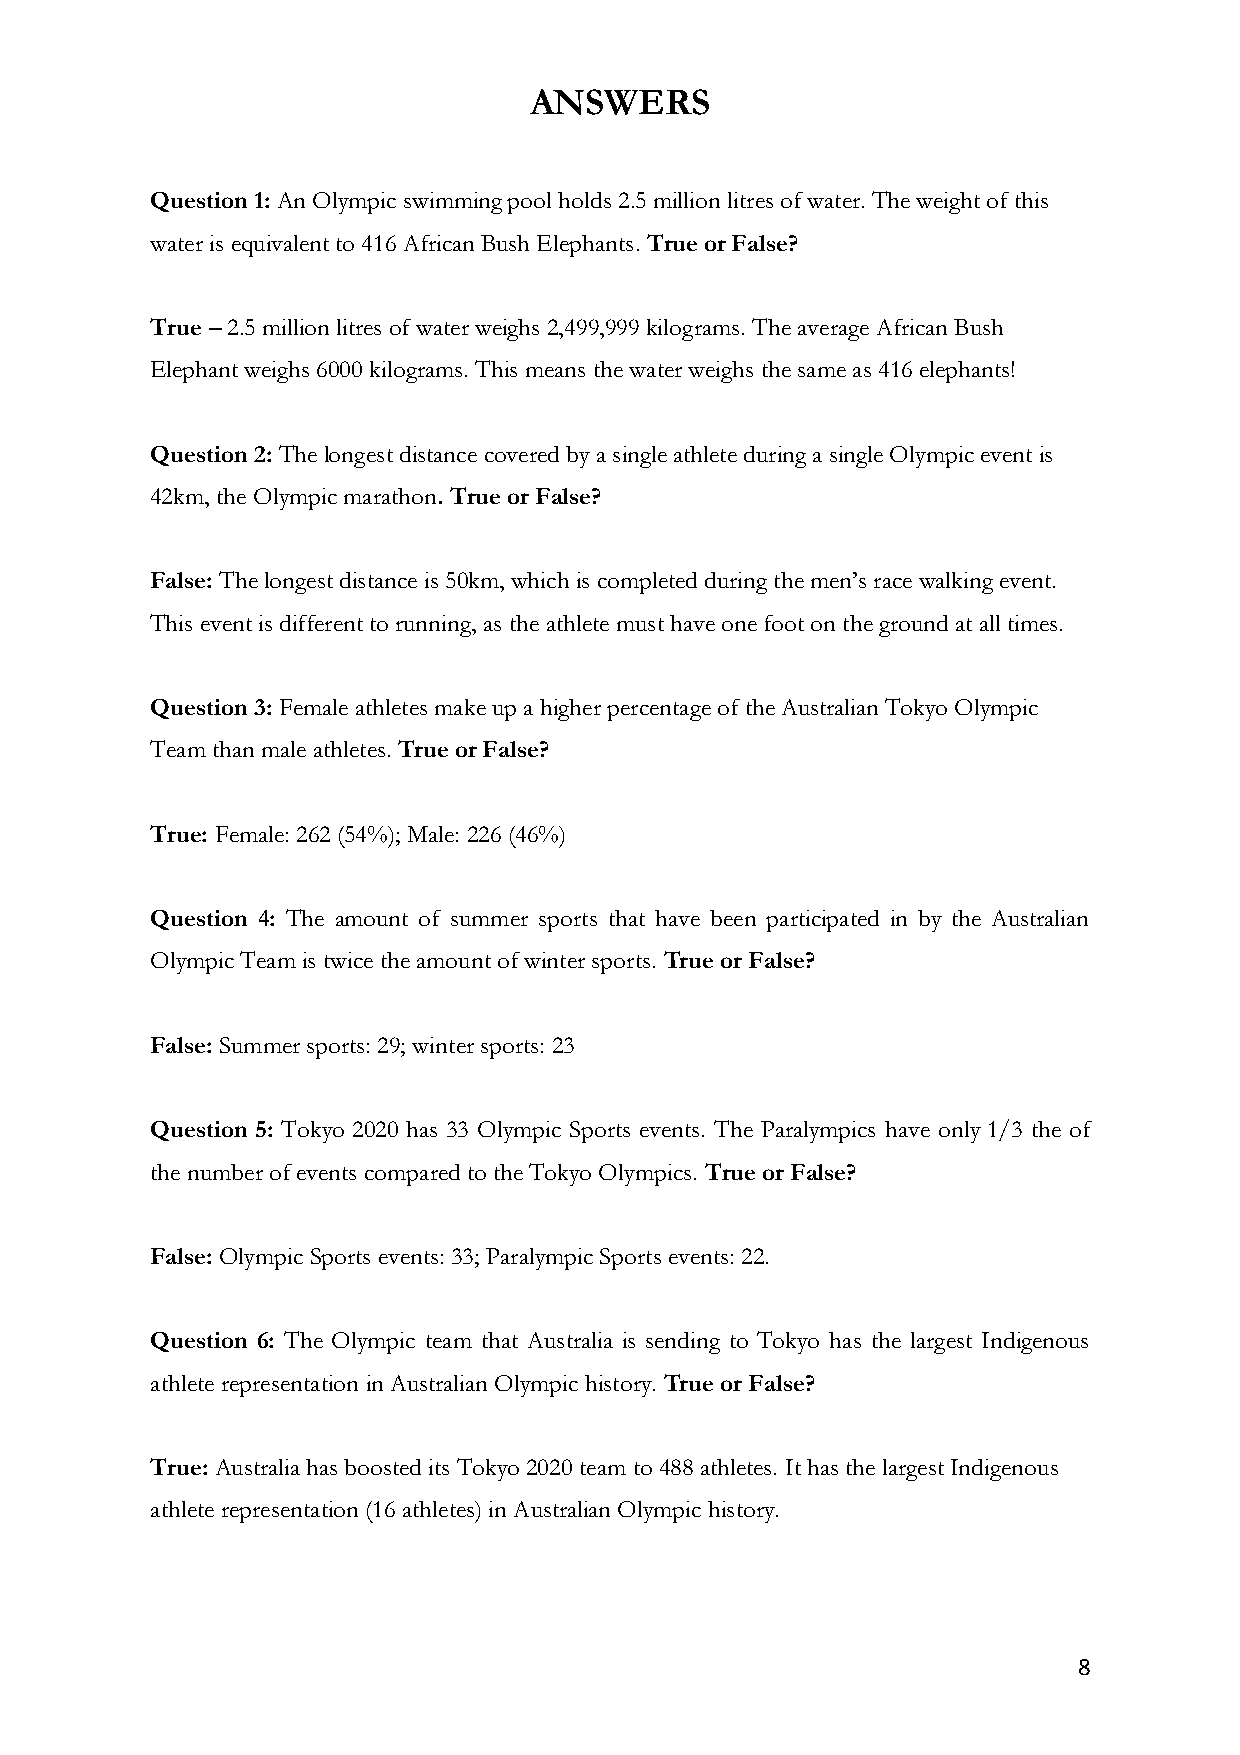
ANSWERS
 Question 1: An Olympic swimming pool holds 2.5 million litres of water. The weight of this
 water is equivalent to 416 African Bush Elephants. True or False?
 True – 2.5 million litres of water weighs 2,499,999 kilograms. The average African Bush
 Elephant weighs 6000 kilograms. This means the water weighs the same as 416 elephants!
 Question 2: The longest distance covered by a single athlete during a single Olympic event is
 42km, the Olympic marathon. True or False?
 False: The longest distance is 50km, which is completed during the men’s race walking event.
 This event is different to running, as the athlete must have one foot on the ground at all times.
 Question 3: Female athletes make up a higher percentage of the Australian Tokyo Olympic
 Team than male athletes. True or False?
 True: Female: 262 (54%); Male: 226 (46%)
 Question 4: The amount of summer sports that have been participated in by the Australian
 Olympic Team is twice the amount of winter sports. True or False?
 False: Summer sports: 29; winter sports: 23
 Question 5: Tokyo 2020 has 33 Olympic Sports events. The Paralympics have only 1/3 the of
 the number of events compared to the Tokyo Olympics. True or False?
 False: Olympic Sports events: 33; Paralympic Sports events: 22.
 Question 6: The Olympic team that Australia is sending to Tokyo has the largest Indigenous
 athlete representation in Australian Olympic history. True or False?
 True: Australia has boosted its Tokyo 2020 team to 488 athletes. It has the largest Indigenous
 athlete representation (16 athletes) in Australian Olympic history.
 8